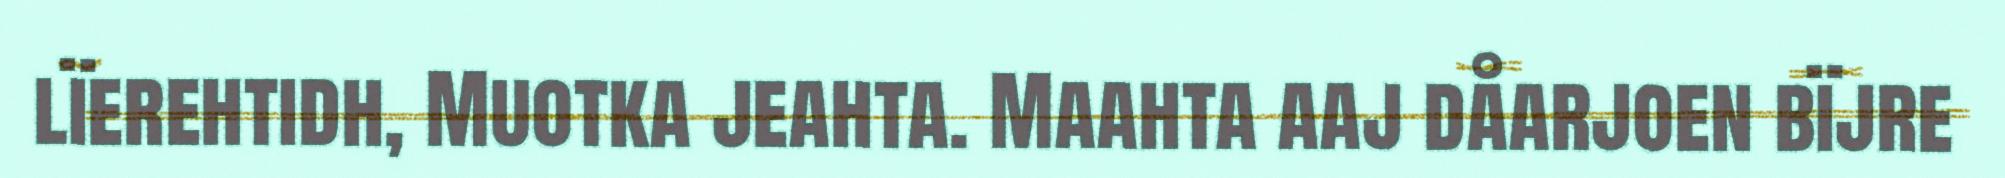
lïerehtidh, Muotka jeahta. Maahta aaj dåarjoen bïjre